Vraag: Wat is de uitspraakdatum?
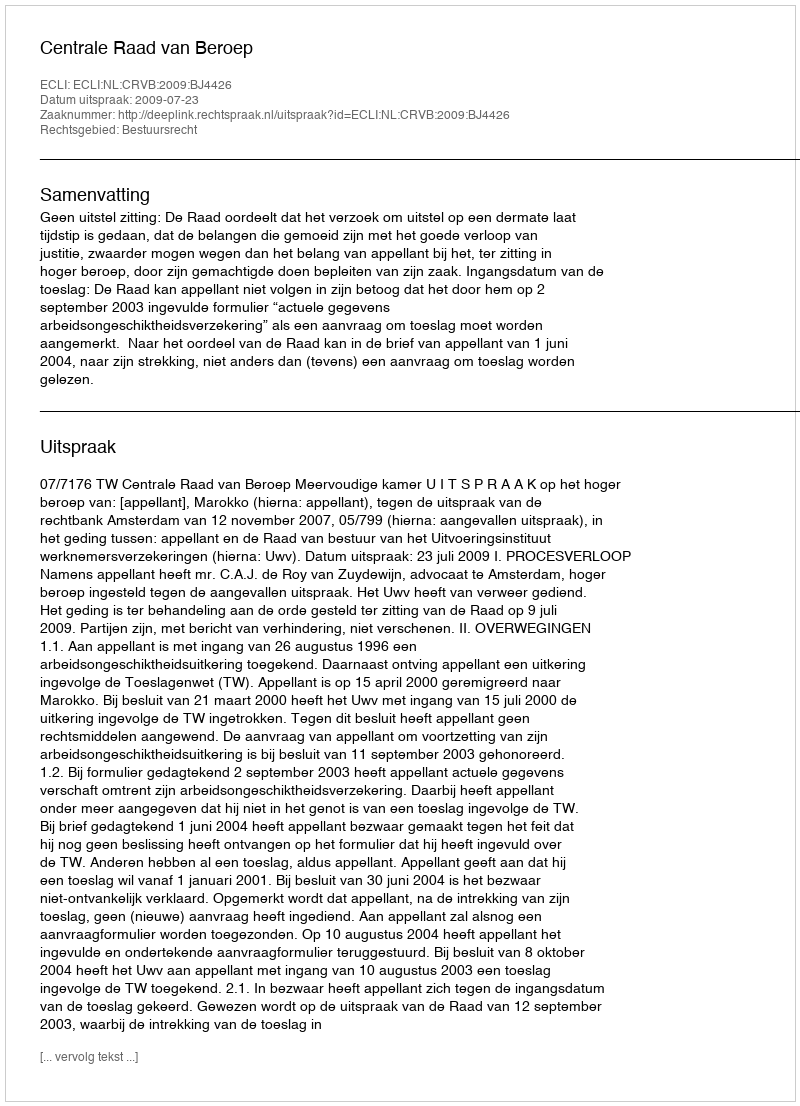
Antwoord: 2009-07-23